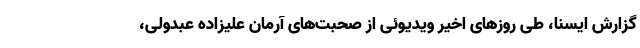
گزارش ایسنا، طی روزهای اخیر ویدیوئی از صحبت‌های آرمان علیزاده عبدولی،